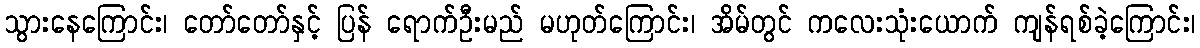
သွားနေကြောင်း၊ တော်တော်နှင့် ပြန် ရောက်ဦးမည် မဟုတ်ကြောင်း၊ အိမ်တွင် ကလေးသုံးယောက် ကျန်ရစ်ခဲ့ကြောင်း၊